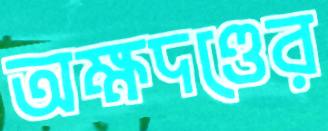
অক্ষদণ্ডের